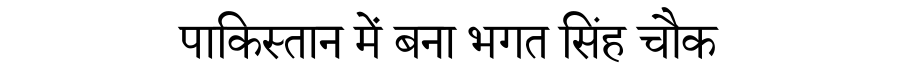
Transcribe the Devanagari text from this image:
पाकिस्तान में बना भगत सिंह चौक